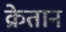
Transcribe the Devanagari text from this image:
क्रेतान